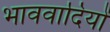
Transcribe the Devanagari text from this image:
भाववादियों